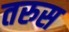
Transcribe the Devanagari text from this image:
तरुस